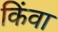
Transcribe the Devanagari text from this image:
किंवा